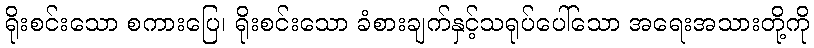
ရိုးစင်းသော စကားပြေ၊ ရိုးစင်းသော ခံစားချက်နှင့်သရုပ်ပေါ်သော အရေးအသားတို့ကို